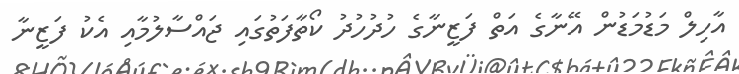
އާހިލް މަޑުމަޑުން އޭނާގެ އަތް ފަޒީނާގެ ހުދުހުދު ކޯތާފަތުގައި ޖައްސާލުމާއި އެކު ފަޒީނާ